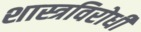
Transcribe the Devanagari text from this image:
शास्त्रविरोधी